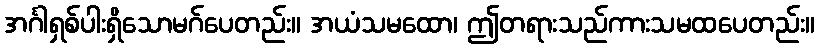
အင်္ဂါရှစ်ပါးရှိသောမဂ်ပေတည်း။ အယံသမထော၊ ဤတရားသည်ကားသမထပေတည်း။